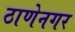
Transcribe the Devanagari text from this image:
ठाणेनगर